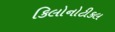
કિલોનોટીકલ